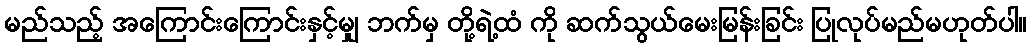
မည်သည့် အကြောင်းကြောင်းနှင့်မျှ ဘက်မှ တို့ရဲ့ထံ ကို ဆက်သွယ်မေးမြန်းခြင်း ပြုလုပ်မည်မဟုတ်ပါ။